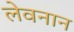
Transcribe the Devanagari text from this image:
लेवनान